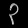
Digit: ၃